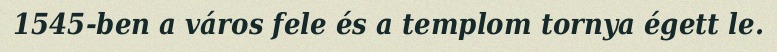
1545-ben a város fele és a templom tornya égett le.